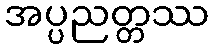
အပ္ပညတ္တဿ